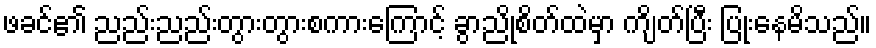
ဖခင်၏ ညည်းညည်းတွားတွားစကားကြောင့် ခွာညိုစိတ်ထဲမှာ ကျိတ်ပြီး ပြုံးနေမိသည်။